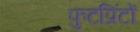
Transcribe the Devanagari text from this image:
फुटप्रिंटों